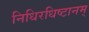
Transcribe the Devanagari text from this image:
निधिरधिष्टानम्